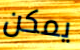
يمكن